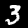
Label: 3